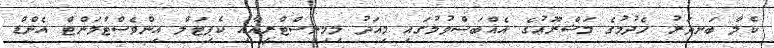
ކެލާ ބަނދަރު ހެދުމުގެ މަޝްރޫޢުގެ އެއްބަސްވުމުގައި މިއަދު މިމިނިސްޓްރީއާއި ކެޕިޓަލް އިންވެސްޓްމަންޓް އެންޑް